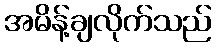
အမိန့်ချလိုက်သည်